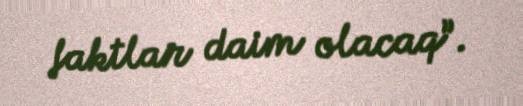
faktlar daim olacaq”.